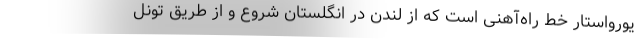
یورواستار خط راه‌آهنی است که از لندن در انگلستان شروع و از طریق تونل